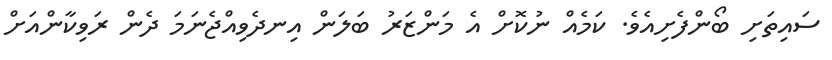
ސައިތަށި ބޯންފެށިއެވެ. ކަމެއް ނުކޮށް އެ މަންޒަރު ބަލަން އިނދެވިއްޖެނަމަ ދެން ރަވިކާންއަށް